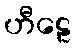
ဟီဠေ